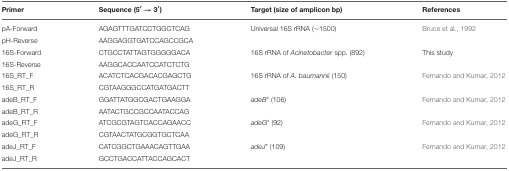
| Primer | Sequence (5′ → 3′) | Target (size of amplicon bp) | References |
 | --- | --- | --- | --- |
 | pA-Forward | AGAGTTTGATCCTGGCTCAG | Universal 16S rRNA (~1500) | Bruce et al., 1992 |
 | pH-Reverse | AAGGAGGTGATCCAGCCGCA |  |  |
 | 16S-Forward | CTGCCTATTAGTGGGGGACA | 16S rRNA of Acinetobacter spp. (892) | This study |
 | 16S-Reverse | AAGGCACCAATCCATCTCTG |  |  |
 | 16S_RT_F | ACATCTCACGACACGAGCTG | 16S rRNA of A. baumannii (150) | Fernando and Kumar, 2012 |
 | 16S_RT_R | CGTAAGGGCCATGATGACTT |  |  |
 | adeB_RT_F | GGATTATGGCGACTGAAGGA | adeB* (106) | Fernando and Kumar, 2012 |
 | adeB_RT_R | AATACTGCCGCCAATACCAG |  |  |
 | adeG_RT_F | ATCGCGTAGTCACCAGAACC | adeG* (92) | Fernando and Kumar, 2012 |
 | adeG_RT_R | CGTAACTATGCGGTGCTCAA |  |  |
 | adeJ_RT_F | CATCGGCTGAAACAGTTGAA | adeJ* (109) | Fernando and Kumar, 2012 |
 | adeJ_RT_R | GCCTGACCATTACCAGCACT |  |  |